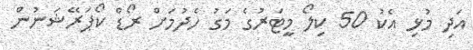
އަދި މުޅި އެކު 50 ކިލޯ މީޓަރުގެ މަގު ހެދުމަށް ރޯޑް ކޯޕަރޭޝަނުން